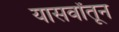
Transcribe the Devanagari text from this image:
यासर्वांतून